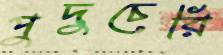
পুদুচেরি